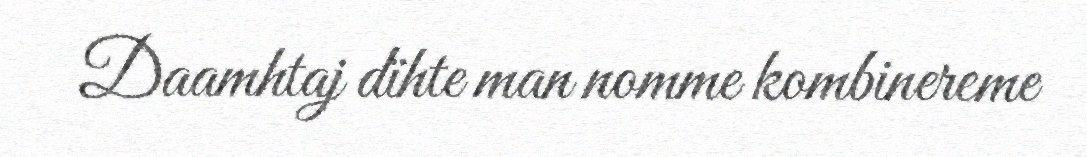
Daamhtaj dïhte man nomme kombinereme